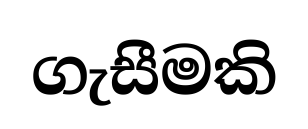
ගැසීමකි